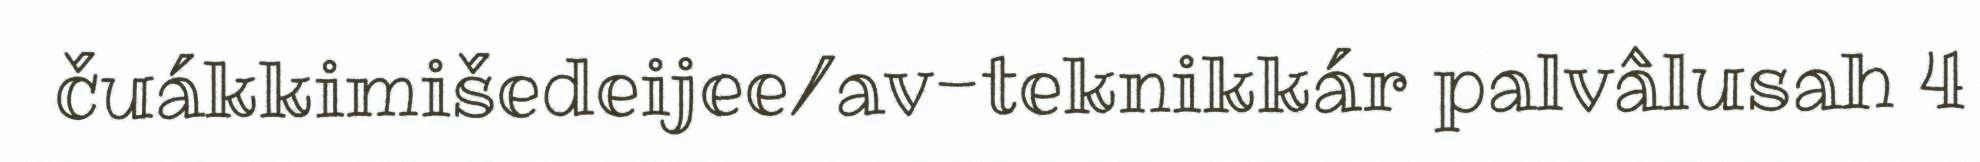
čuákkimišedeijee/av-teknikkár palvâlusah 4